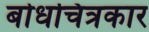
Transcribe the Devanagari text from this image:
बोधचित्रकार